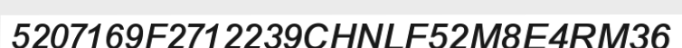
5207169F2712239CHNLF52M8E4RM36